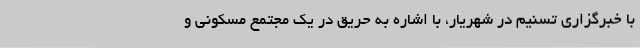
با خبرگزاری تسنیم در شهریار، با اشاره به حریق در یک مجتمع مسکونی و